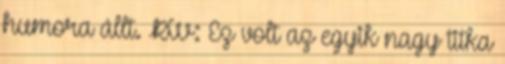
humora állt. RW: Ez volt az egyik nagy titka